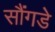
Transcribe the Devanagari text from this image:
सौंगडे